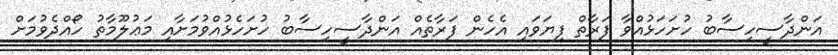
އަންދާސީހިސާބު ހުށަހަޅުއްވާ ފަރާތް ފިޔަވައި އެހެން ފަރާތެއް އަންދާސީހިސާބު ހުށަހެޅުއްވުމަށާއި މަޢުލޫމާތު ހޯއްދެވުމަށް